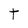
Character: t